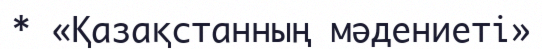
* «Қазақстанның мәдениеті»